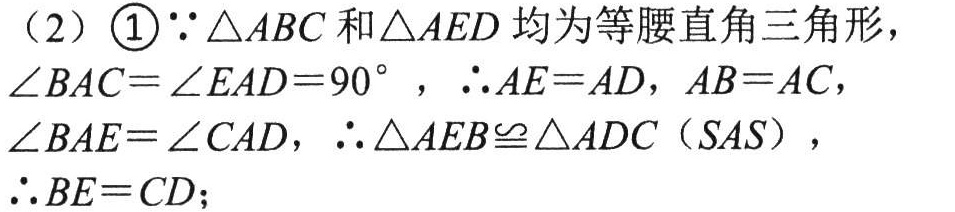
（2）\(\textcircled{1}\because\triangle ABC\)和\(\triangle AED\)均为等腰直角三角形，\(\angle BAC = \angle EAD = 90^{\circ}\)，\(\therefore AE = AD\)，\(AB = AC\)，\(\angle BAE=\angle CAD\)，\(\therefore\triangle AEB\cong\triangle ADC\)（\(SAS\)），\(\therefore BE = CD\)；